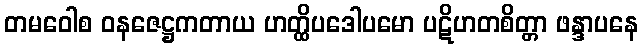
တမဝေါစ ဝနဇေဋ္ဌကတာယ ဟတ္ထိပဒေါပမော ပဋိဟတစိတ္တာ ဖန္ဒာပနေ